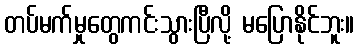
တပ်မက်မှုတွေကင်းသွားပြီလို့ မပြောနိုင်ဘူး။